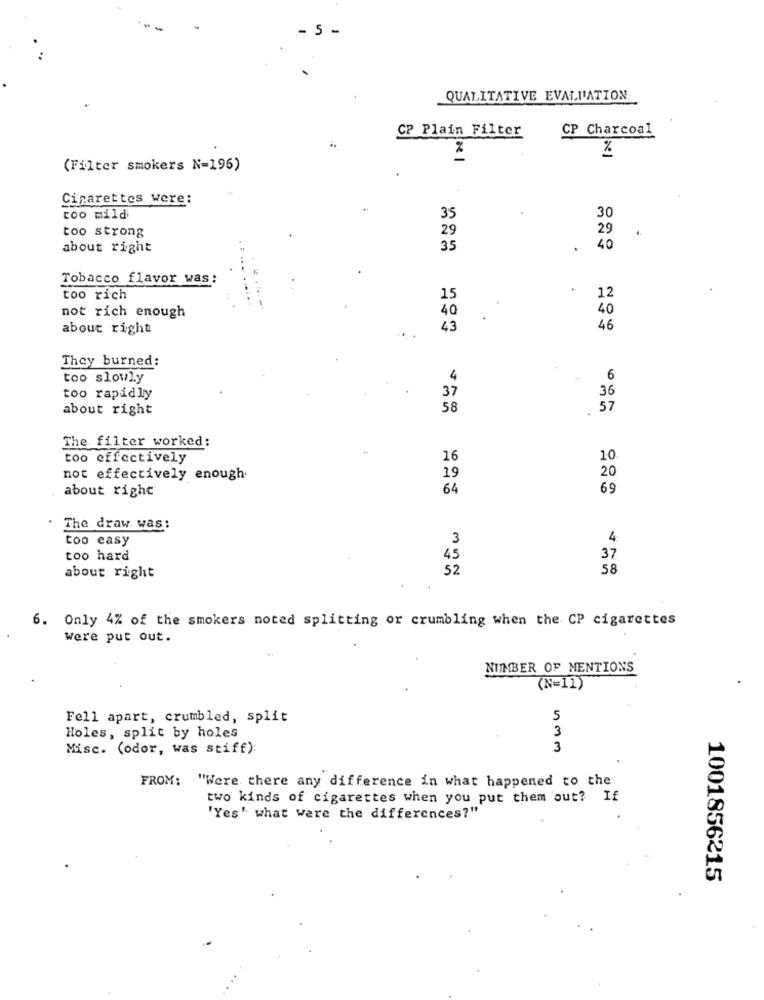
- 5 -
QUALITATIVE EVALUATION
CP Plain Filter
CP Charcoal
%
(Filter smokers N=196)
Cigarettes were:
coo mild
35
30
too strong
29
29
about right
35
40
Tobacco flavor was:
too rich
15
12
not rich enough
40
40
about right
43
46
They burned:
too slowly
4
6
36
too rapidly
37
about right
58
.
57
The filter worked:
too effectively
16
10
not effectively enough
19
20
about right
64
69
The draw was:
too easy
3
4
too hard
45
37
52
58
about right
6. Only 4% of the smokers noted splitting or crumbling when the CP cigarettes
were put out.
NUMBER OF MENTIONS
(N=11)
Fell apart, crumbled, split
5
3
Holes, split by holes
Misc. (odor, was stiff):
3
FROM: "Were there any difference in what happened to the
two kinds of cigarettes when you put them out? If
'Yes' what were the differences?"
1001856215